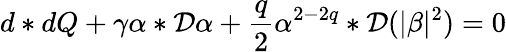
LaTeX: d*dQ+\gamma\alpha*{\cal{D}}\alpha+\frac{q}{2}\alpha^{2-2q}*{\cal{D}}(|\beta|^{2})=0